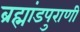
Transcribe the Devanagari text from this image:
ब्रह्मांडपुराणी